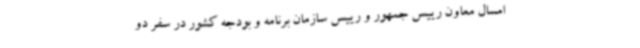
امسال معاون رییس جمهور و رییس سازمان برنامه و بودجه کشور در سفر دو